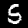
Label: 5